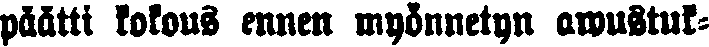
päätti kokous ennen myönnetyn awustuk-